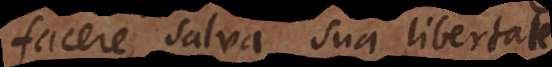
facere salva sua libertate.